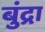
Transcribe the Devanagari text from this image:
बुंद्रा